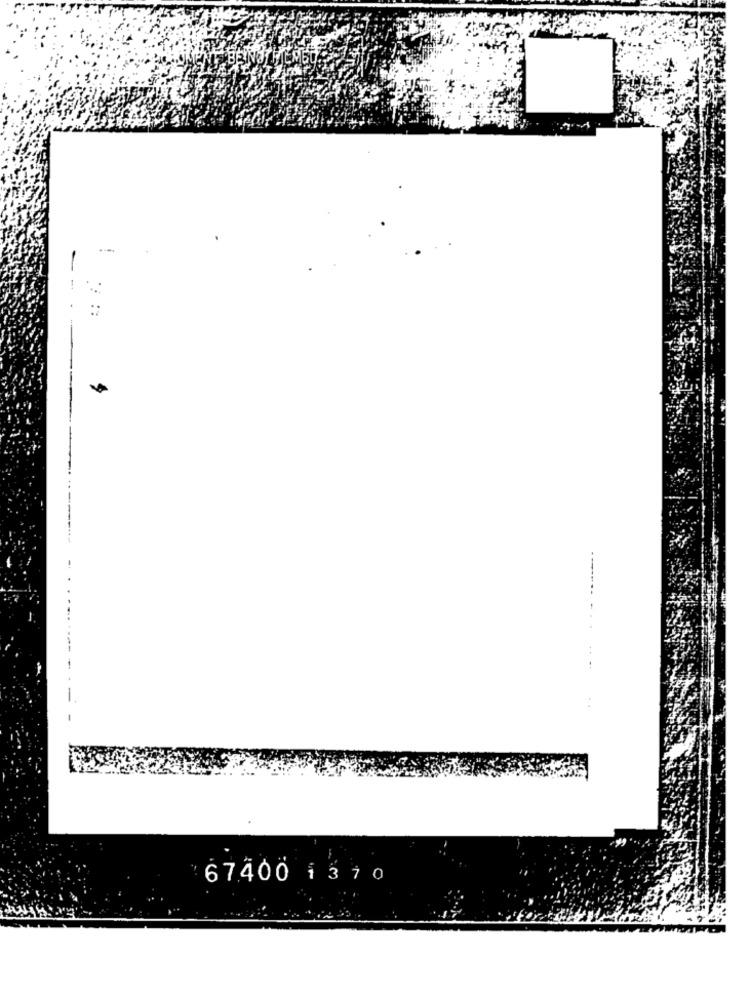
67400 1310